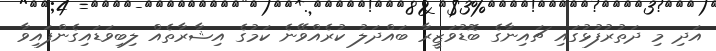
އަދި މި ދަތުރުފުޅުގައި ޗައިނާގެ ބޮޑުވަޒީރާ ބައްދަލު ކުރެއްވޭނެ ކަމުގެ އިޝާރާތެއް ލިބިވަޑައިގެންފައިވާ